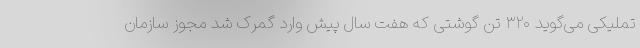
تملیکی می‌گوید ۳۲۰ تن گوشتی که هفت سال پیش وارد گمرک شد مجوز سازمان